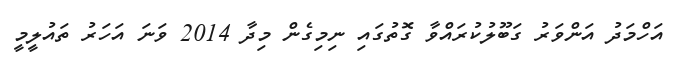
އަހްމަދު އަންވަރު ގަބޫލުކުރައްވާ ގޮތުގައި ނިމިގެން މިދާ 2014 ވަނަ އަހަރު ތައުލީމީ